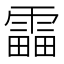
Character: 𩄣